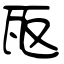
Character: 瓪